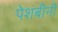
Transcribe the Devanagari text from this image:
पेशबीनी